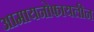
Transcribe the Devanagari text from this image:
आमायनोफायलीन